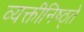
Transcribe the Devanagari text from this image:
व्यक्तीनिष्ठ्ते